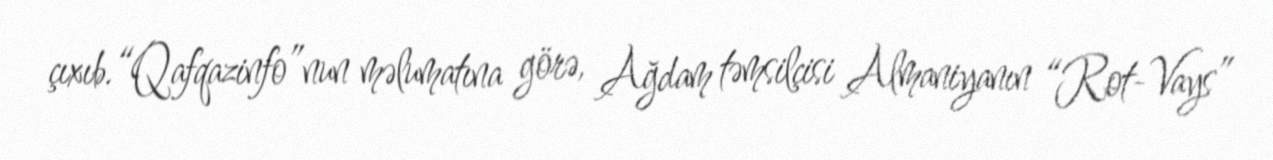
çıxıb.“Qafqazinfo”nun məlumatına görə, Ağdam təmsilçisi Almaniyanın “Rot-Vays”